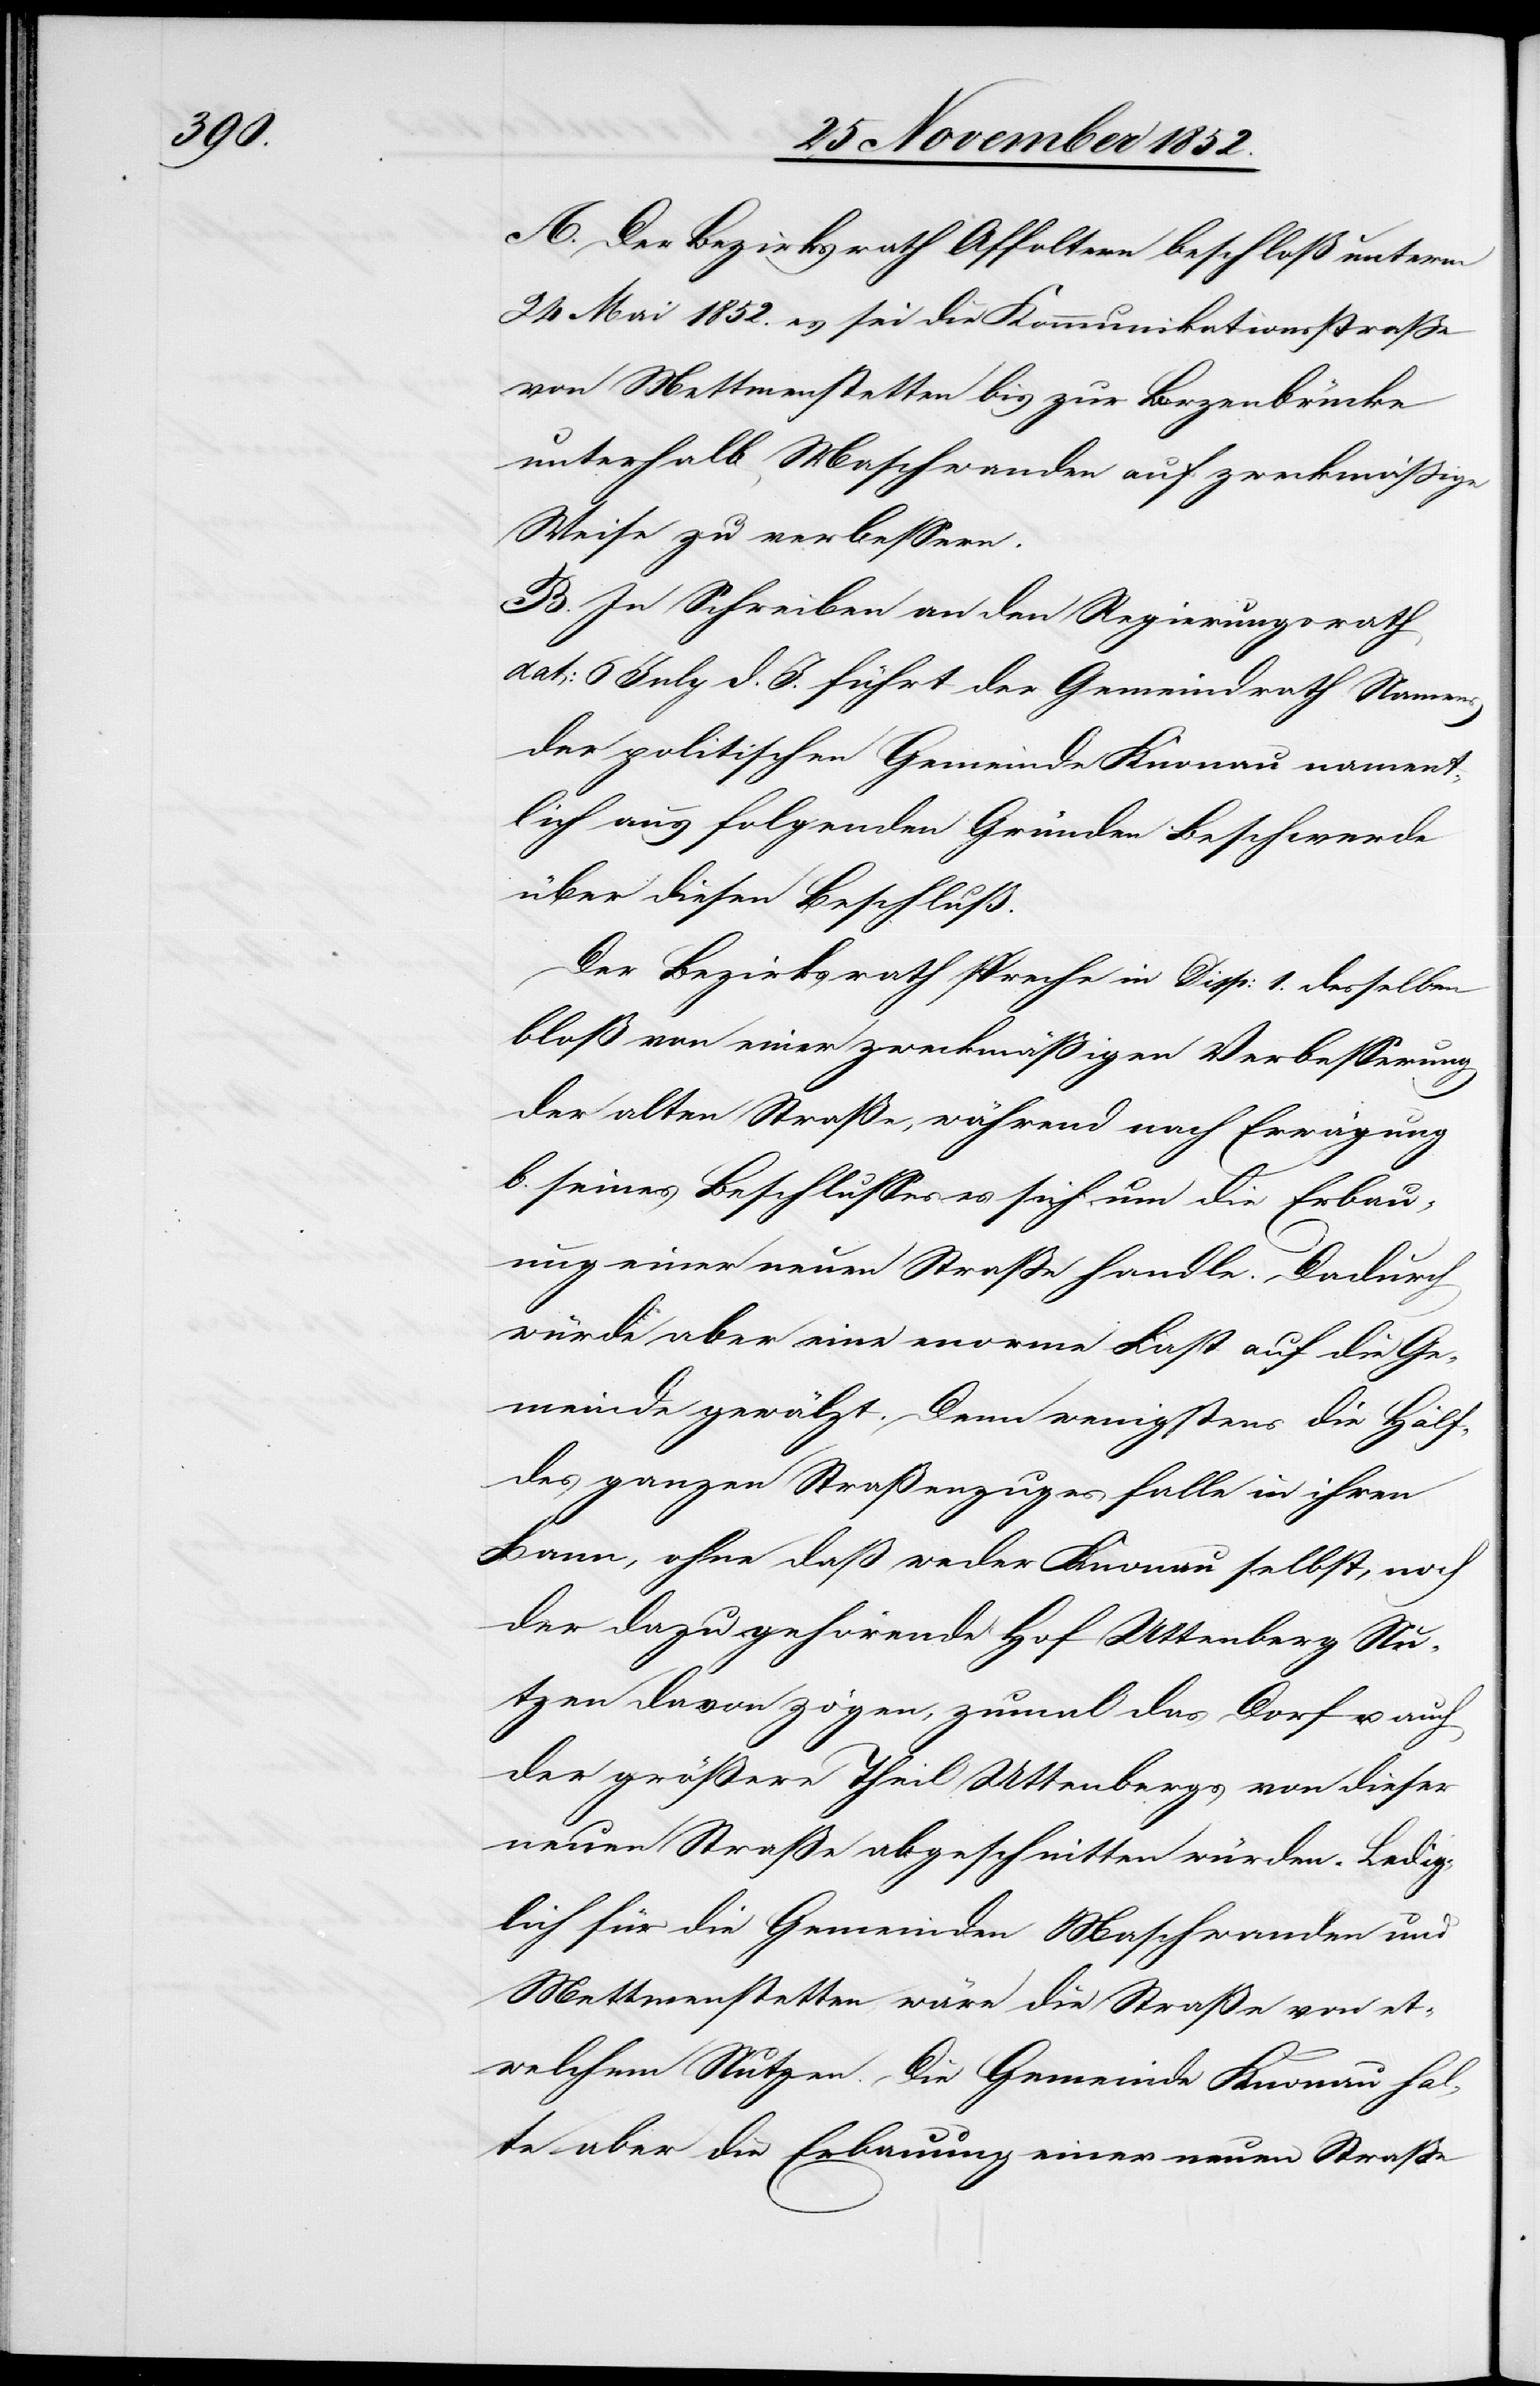
f[te]

A. Der Bezirksrath Affoltern beschloß unterm
24 Mai 1852. es sei die Kommunikationsstraße
von Mettmenstetten bis zur Lorzenbrücke
unterhalb Maschwanden auf zweckmäßige
Weise zu verbessern.
B. In Schreiben an den Regierungsrath
dat: 6 July d. J. führt der Gemeindrath Namens
der politischen Gemeinde Knonau nament¬
lich aus folgenden Gründen Beschwerde
über diesen Beschluß.
Der Bezirksrath spreche in Disp: 1. desselben
bloß von einer zweckmäßigen Verbesserung
der alten Straße, während nach Erwägung
b. seines Beschlusses es sich um die Erbau¬
ung einer neuen Straße handle. Dadurch
würde aber eine enorme Last auf die Ge¬
meinde gewälzt. Denn wenigstens die Häl¬
des ganzen Straßenzuges falle in ihren
Bann, ohne daß weder Knonau selbst, noch
der dazu gehörende Hof Uttenberg Nu¬
tzen davon zögen, zumal das Dorf u. auch
der größere Theil Uttenbergs von dieser
neuen Straße abgeschnitten würden. Ledig¬
lich für die Gemeinden Maschwanden und
Mettmenstetten wäre die Straße von et¬
welchem Nutzen. Die Gemeinde Knonau hal¬
te aber die Erbauung einer neuen Straße